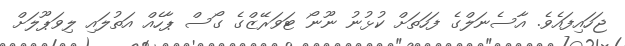
ޖަހައިފައެވެ. އާސެނަލްގެ ފަހަތަށް ކުޅުނު ނޫނޯ ޓަވަރޭޒްގެ ގޯސް ޕާހެއް އަތުލައި ލިވަޕޫލަށް